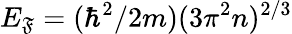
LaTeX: E_{\mathfrak{F}}=(\hbar^{2}/2m)(3\pi^{2}n)^{2/3}